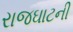
રાજઘાટની